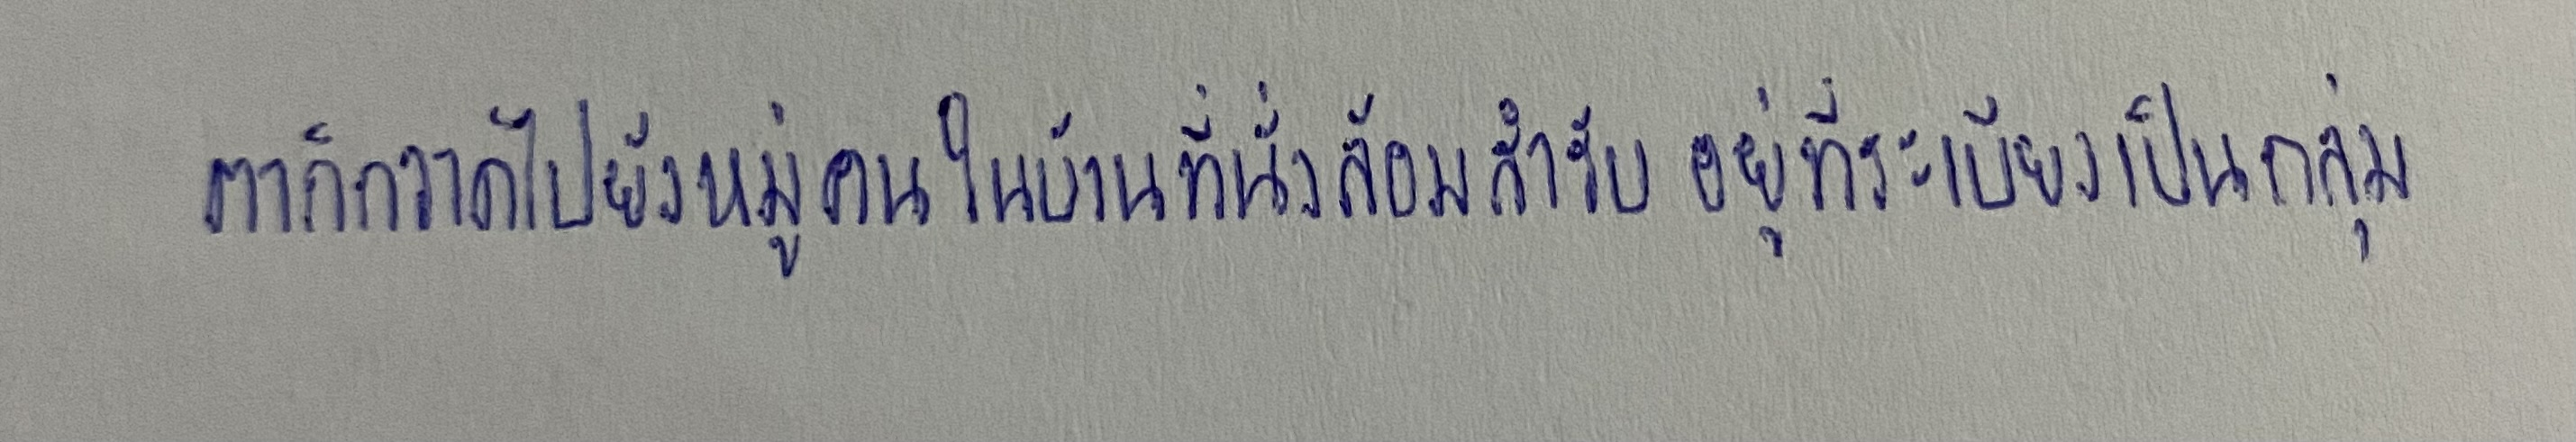
ตาก็กวาดไปยังหมู่คนในบ้านที่นั่งล้อมสำรับอยู่ที่ระเบียงเป็นกลุ่ม